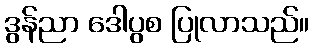
ဒွန်ညာ ဒေါပွစ ပြုလာသည်။